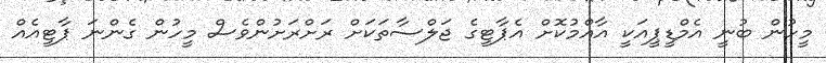
މީހުން ބުނީ އެމްޑީޕީއަކީ އާއްމުކޮށް އެޕާޓީގެ ޖަލްސާތަކަށް ރަށްރަށުންވެސް މީހުން ގެންނަ ޕާޓީއެއް